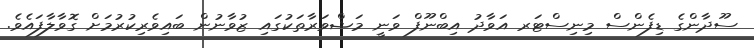
ސޫދާންގެ ޑިފެންސް މިނިސްޓަރ އަވާދު އިބްނޫފް ވަނީ މަޝްވަރާތަކުގައި ޒުވާނުން ބައިވެރިކުރުމަށް ގޮވާލާފައެވެ.